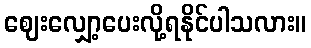
ဈေးလျှော့ပေးလို့ရနိုင်ပါသလား။